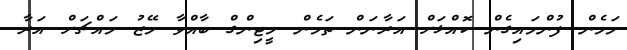
މަމެން ފުންމައިގެން ކޮއްޅަށް އަރާނަން ތަމެން މީޓިންގް ބާއްވާ މޭޒު މައްޗަށް އަރާ